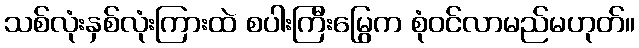
သစ်လုံးနှစ်လုံးကြားထဲ စပါးကြီးမြွေက စုံဝင်လာမည်မဟုတ်။